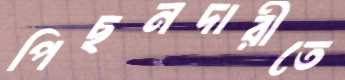
পিছনদারীতে